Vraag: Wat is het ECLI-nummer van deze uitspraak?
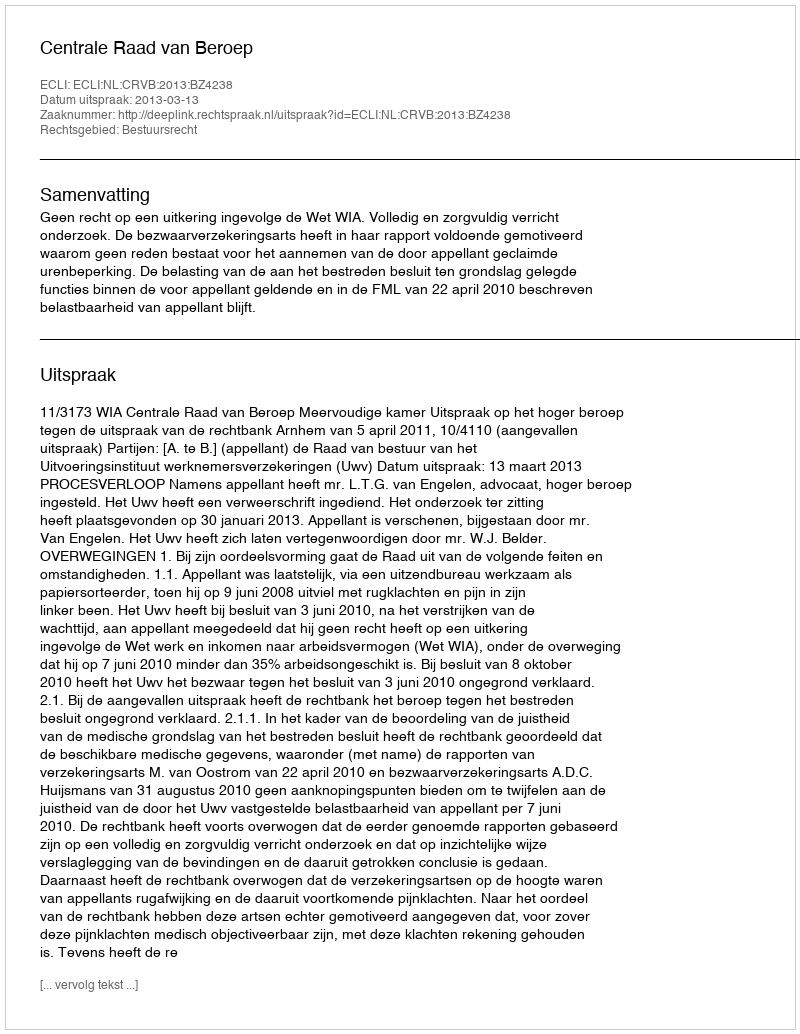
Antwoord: ECLI:NL:CRVB:2013:BZ4238